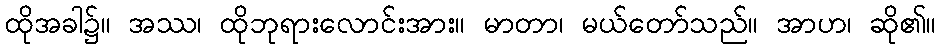
ထိုအခါ၌။ အဿ၊ ထိုဘုရားလောင်းအား။ မာတာ၊ မယ်တော်သည်။ အာဟ၊ ဆို၏။